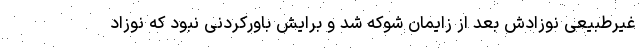
غیرطبیعی نوزادش بعد از زایمان شوکه شد و برایش باورکردنی نبود که نوزاد